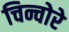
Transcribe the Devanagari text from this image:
चिन्चोरे